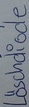
Text: Löschdiode